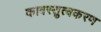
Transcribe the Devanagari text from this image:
कावस्तुत्वकरण